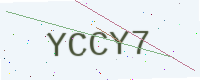
Text: YCCY7